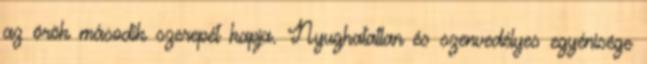
az örök második szerepét kapja. Nyughatatlan és szenvedélyes egyénisége